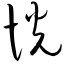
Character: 恍